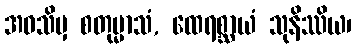
အဝသိမှ စတုမ္မာသံ, ထေရစ္ဆာယံ သုနိဿိယ၊